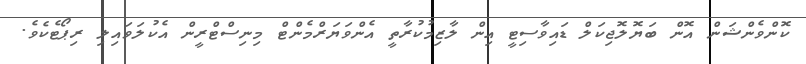
ކޮންވެންޝަން އޮން ބަޔޮލޮޖިކަލް ޑައިވާސިޓީ އިން ލާޒިމުކުރާތީ އެންވަޔަރްމެންޓް މިނިސްޓްރީން އެކުލަވައިލި ރިޕޯޓެކެވެ.